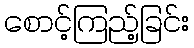
စောင့်ကြည့်ခြင်း